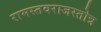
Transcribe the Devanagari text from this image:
रामस्तवराजस्तोत्र